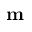
\mathbf { m }